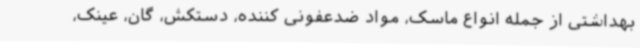
بهداشتی از جمله انواع ماسک، مواد ضدعفونی کننده، دستکش، گان، عینک،